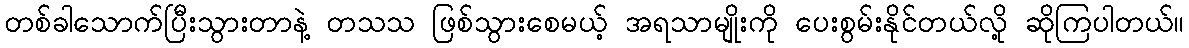
တစ်ခါသောက်ပြီးသွားတာနဲ့ တသသ ဖြစ်သွားစေမယ့် အရသာမျိုးကို ပေးစွမ်းနိုင်တယ်လို့ ဆိုကြပါတယ်။